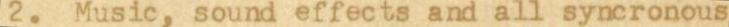
2. Music, sound effects and all syncronous